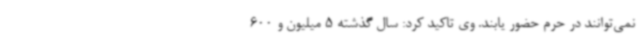
نمی‌توانند در حرم حضور یابند. وی تاکید کرد: سال گذشته 5 میلیون و 600